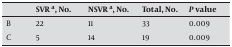
|  | SVR a, No. | NSVR a, No. | Total, No. | P value |
 | --- | --- | --- | --- | --- |
 | B | 22 | 11 | 33 | 0.009 |
 | C | 5 | 14 | 19 | 0.009 |